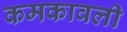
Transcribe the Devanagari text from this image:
कमकावली